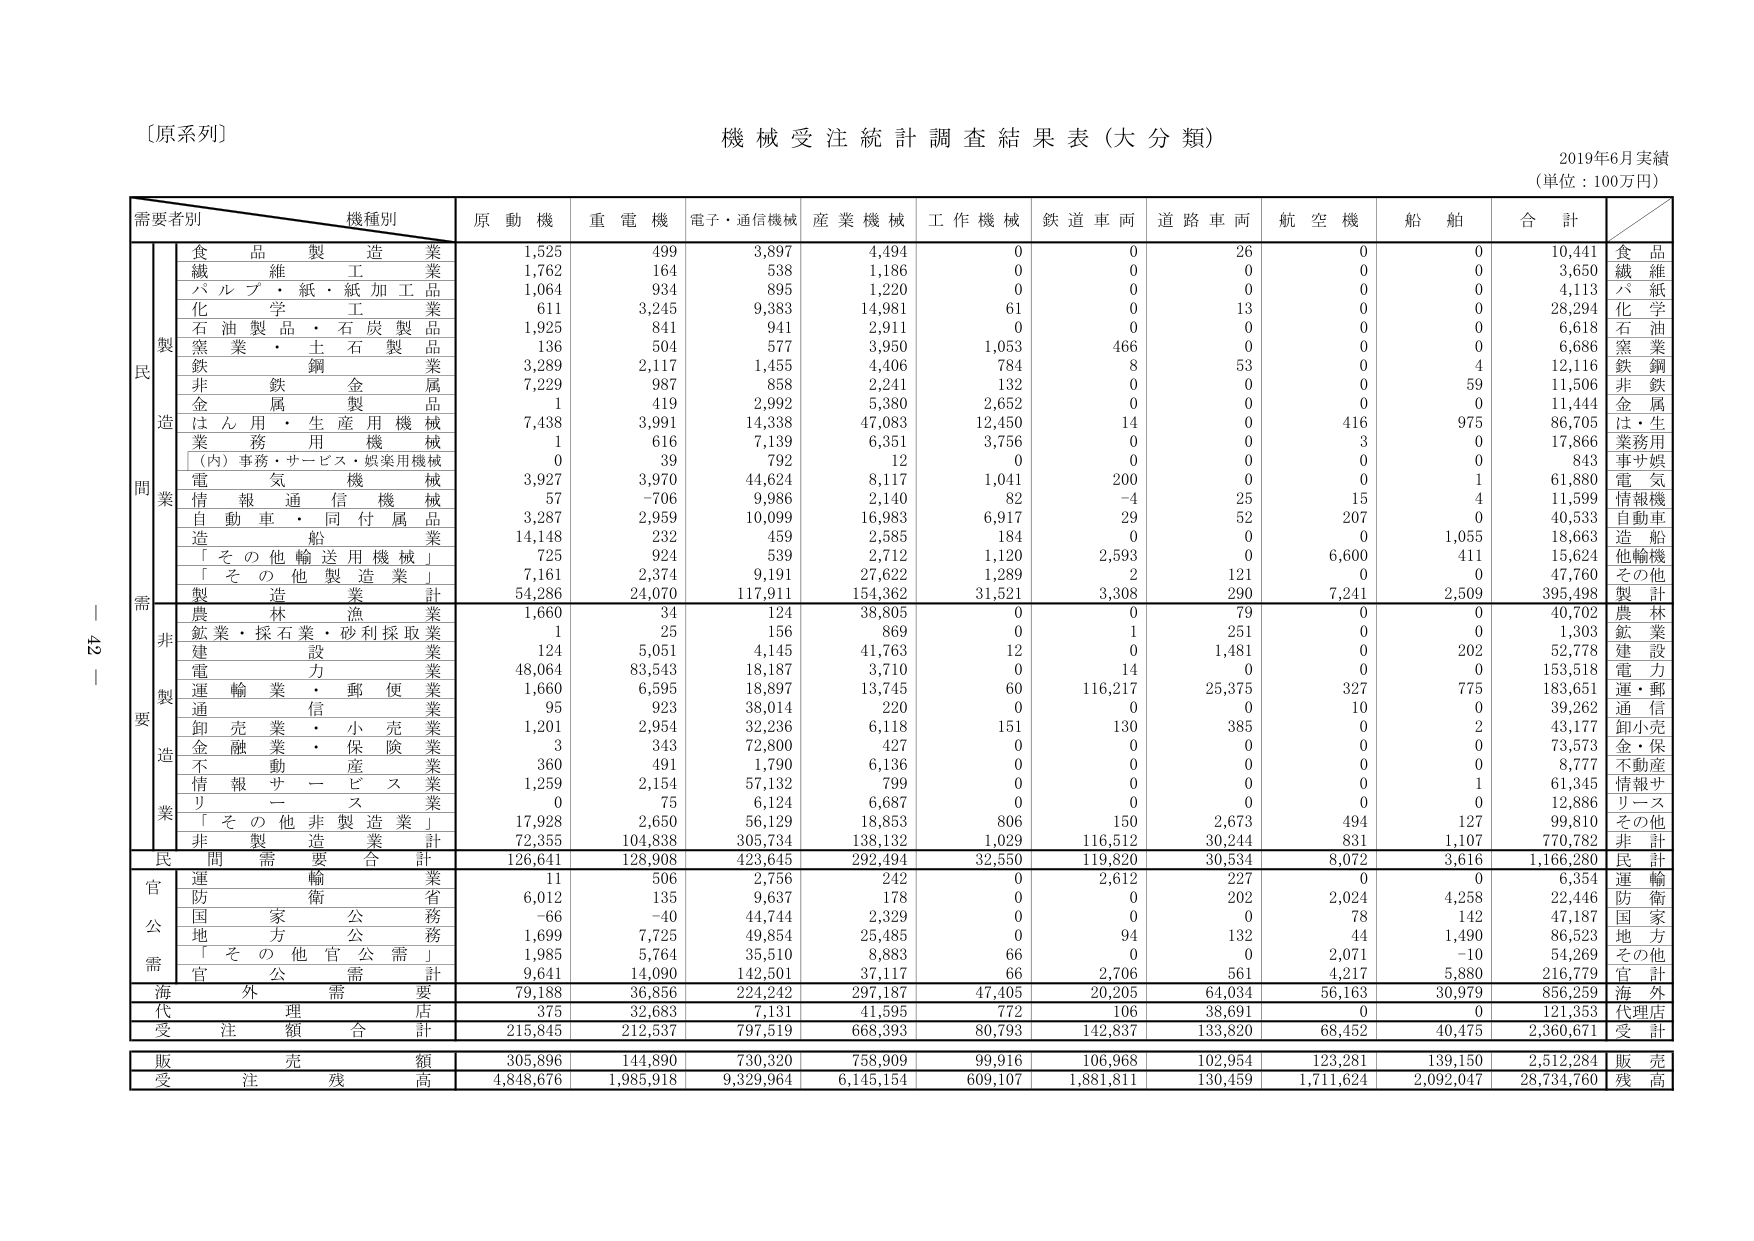
〔原系列〕
機械受注統計調査結果表（大分類）
2019年6月実績
（単位：100万円）

需要者別　　機種別
　　　　　　原動機　　重電機　　電子・通信機械　　産業機械　　工作機械　　鉄道車両　　道路車両　　航空機　　船舶　　合計

　　　　　　食品製造業　　1,525　　499　　3,897　　4,494　　0　　0　　26　　0　　0　　10,441　　食品
　　　　　　繊維工業　　1,762　　164　　538　　1,186　　0　　0　　0　　0　　0　　3,650　　繊維
　　　　　　パルプ・紙・紙加工品　　1,064　　934　　895　　1,220　　0　　0　　0　　0　　0　　4,113　　パルプ
　　　　　　化学工業　　611　　3,245　　9,383　　14,981　　61　　0　　13　　0　　0　　28,294　　化学
　　　　　　石油製品・石炭製品　　1,925　　841　　941　　2,911　　0　　0　　0　　0　　0　　6,618　　石油
　　　　　　窯業・土石製品　　136　　504　　577　　3,950　　1,053　　466　　0　　0　　0　　6,686　　窯業
　　　　　　鉄鋼業　　3,289　　2,117　　1,455　　4,406　　784　　8　　53　　0　　4　　12,116　　鉄鋼
　　　　　　非鉄金属　　7,229　　987　　858　　2,241　　132　　0　　0　　0　　59　　11,506　　非鉄
　　　　　　金属製品　　1　　419　　2,992　　5,380　　2,652　　0　　0　　0　　0　　11,444　　金属
　　　　　　はん用・生産用機械　　7,438　　3,991　　14,338　　47,083　　12,450　　14　　0　　416　　975　　86,705　　は・生
　　　　　　業務用機械　　1　　616　　7,139　　6,351　　3,756　　0　　0　　3　　0　　17,866　　業務用
　　　　　　（内）事務・サービス・娯楽用機械　　0　　39　　792　　12　　0　　0　　0　　0　　0　　843　　事サ娯
　　　　　　電気機械　　3,927　　3,970　　44,624　　8,117　　1,041　　200　　0　　0　　1　　61,880　　電気
　　　　　　情報通信機械　　57　　-706　　9,986　　2,140　　82　　-4　　25　　15　　4　　11,599　　情報機
　　　　　　自動車・同付属品　　3,287　　2,959　　10,099　　16,983　　6,917　　29　　52　　207　　0　　40,533　　自動車
　　　　　　造船　　14,148　　232　　459　　2,585　　184　　0　　0　　0　　1,055　　18,663　　造船
　　　　　　「その他輸送用機械」　　725　　924　　539　　2,712　　1,120　　2,593　　0　　6,600　　411　　15,624　　他輸機
　　　　　　「その他製造業」　　7,161　　2,374　　9,191　　27,622　　1,289　　2　　121　　0　　0　　47,760　　その他
　　　　　　製造業計　　54,286　　24,070　　117,911　　154,362　　31,521　　3,308　　290　　7,241　　2,509　　395,498　　製計

　　　　　　農林漁業　　1,660　　34　　124　　38,805　　0　　0　　79　　0　　0　　40,702　　農林
　　　　　　鉱業・採石業・砂利採取業　　1　　25　　156　　869　　0　　1　　251　　0　　0　　1,303　　鉱業
　　　　　　建設業　　124　　5,051　　4,145　　41,763　　12　　0　　1,481　　0　　202　　52,778　　建設
　　　　　　電力業　　48,064　　83,543　　18,187　　3,710　　0　　14　　0　　0　　0　　153,518　　電力
　　　　　　運輸業・郵便業　　1,660　　6,595　　18,897　　13,745　　60　　116,217　　25,375　　327　　775　　183,651　　運・郵
　　　　　　通信業　　95　　923　　38,014　　220　　0　　0　　0　　10　　0　　39,262　　通信
　　　　　　卸売業・小売業　　1,201　　2,954　　32,236　　6,118　　151　　130　　385　　0　　2　　43,177　　卸小売
　　　　　　金融業・保険業　　3　　343　　72,800　　427　　0　　0　　0　　0　　0　　73,573　　金・保
　　　　　　不動産業　　360　　491　　1,790　　6,136　　0　　0　　0　　0　　0　　8,777　　不動産
　　　　　　情報サービス業　　1,259　　2,154　　57,132　　799　　0　　0　　0　　0　　1　　61,345　　情報サ
　　　　　　リース業　　0　　75　　6,124　　6,687　　0　　0　　0　　0　　0　　12,886　　リース
　　　　　　「その他非製造業」　　17,928　　2,650　　56,129　　18,853　　806　　150　　2,673　　494　　127　　99,810　　その他
　　　　　　非製造業計　　72,355　　104,838　　305,734　　138,132　　1,029　　116,512　　30,244　　831　　1,107　　770,782　　非計

　　　　　　民間需要合計　　126,641　　128,908　　423,645　　292,494　　32,550　　119,820　　30,534　　8,072　　3,616　　1,166,280　　民計

　　　　　　運輸業　　11　　506　　2,756　　242　　0　　2,612　　227　　0　　0　　6,354　　運輸
　　　　　　防衛省　　6,012　　135　　9,637　　178　　0　　0　　202　　2,024　　4,258　　22,446　　防衛
　　　　　　国家公務　　-66　　-40　　44,744　　2,329　　0　　0　　0　　78　　142　　47,187　　国家
　　　　　　地方公務　　1,699　　7,725　　49,854　　25,485　　0　　94　　132　　44　　1,490　　86,523　　地方
　　　　　　「その他官公需」　　1,985　　5,764　　35,510　　8,883　　66　　0　　0　　2,071　　-10　　54,269　　その他
　　　　　　官公需計　　9,641　　14,090　　142,501　　37,117　　66　　2,706　　561　　4,217　　5,880　　216,779　　官計

　　　　　　海外需要　　79,188　　36,856　　224,242　　297,187　　47,405　　20,205　　64,034　　56,163　　30,979　　856,259　　海外

　　　　　　代理店　　375　　32,683　　7,131　　41,595　　772　　106　　38,691　　0　　0　　121,353　　代理店

　　　　　　受注額合計　　215,845　　212,537　　797,519　　668,393　　80,793　　142,837　　133,820　　68,452　　40,475　　2,360,671　　受計

　　　　　　販売額　　305,896　　144,890　　730,320　　758,909　　99,916　　106,968　　102,954　　123,281　　139,150　　2,512,284　　販売

　　　　　　受注残高　　4,848,676　　1,985,918　　9,329,964　　6,145,154　　609,107　　1,881,811　　130,459　　1,711,624　　2,092,047　　28,734,760　　残高

42